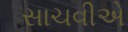
સાચવીએ